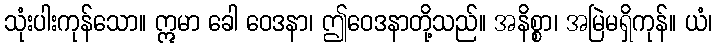
သုံးပါးကုန်သော။ ဣမာ ခေါ ဝေဒနာ၊ ဤဝေဒနာတို့သည်။ အနိစ္စာ၊ အမြဲမရှိကုန်။ ယံ၊